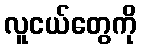
လူငယ်တွေကို